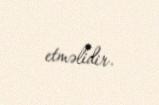
etməlidir.